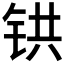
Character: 𫟹